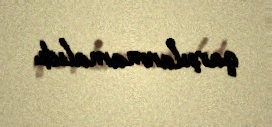
qarşılanmamalıdı.